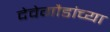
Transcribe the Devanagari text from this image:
देवेगौडांच्या